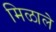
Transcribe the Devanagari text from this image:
मिळालेे